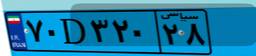
۷۰D۳۲۰۲۸